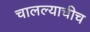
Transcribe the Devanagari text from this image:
चालल्याचीच